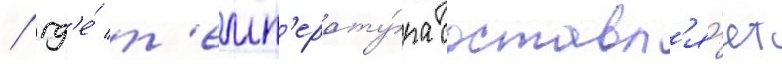
/ гд'е́ т'емп'ерату́ра составл'я́ет